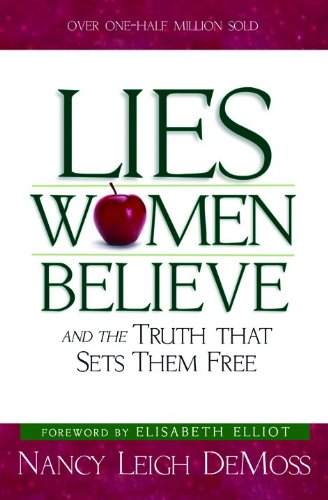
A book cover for Lies Women Believe: And the Truth that Sets Them Free; Nancy Leigh DeMoss; Politics & Social Sciences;